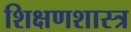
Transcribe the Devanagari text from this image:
शिक्षणशास्‍त्र